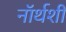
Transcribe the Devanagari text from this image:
नॉर्थशी